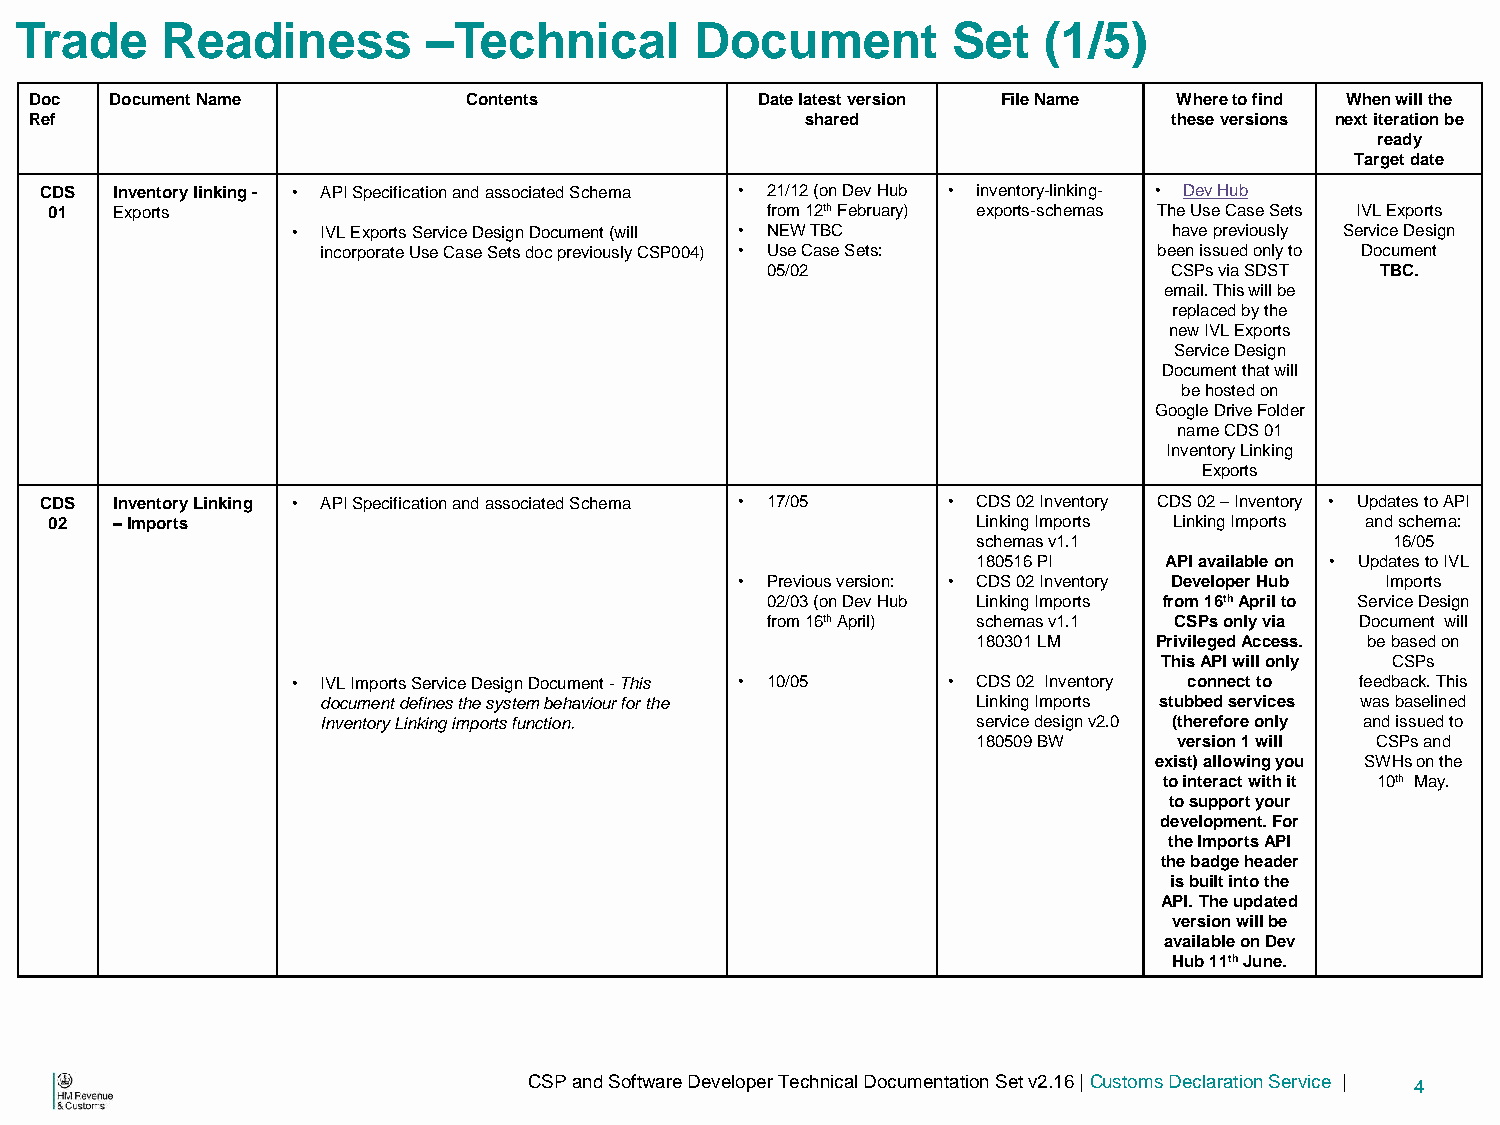
Trade     Readiness        –Technical        Document         Set   (1/5)
 Doc  Document Name           Contents           Date latest version File Name Where to find When will the
 Ref                                                shared                   these versions next iteration be
 ready
 Target date
 CDS Inventory linking - • API Specification and associated Schema • 21/12 (on Dev Hub • inventory-linking- • Dev Hub
 01  Exports                                     from 12th February) exports-schemas The Use Case Sets IVL Exports
 • IVL Exports Service Design Document (will • NEW TBC      have previously Service Design
 incorporate Use Case Sets doc previously CSP004) • Use Case Sets: been issued only to Document
 05/02                      CSPs via SDST TBC.
 email. This will be
 replaced by the
 new IVL Exports
 Service Design
 Document that will
 be hosted on
 Google Drive Folder
 name CDS 01
 Inventory Linking
 Exports
 CDS Inventory Linking • API Specification and associated Schema • 17/05 • CDS 02 Inventory CDS 02 – Inventory • Updates to API
 02  – Imports                                                 Linking Imports Linking Imports and schema:
 schemas v1.1               16/05
 180516 PI   API available on • Updates to IVL
 • Previous version: • CDS 02 Inventory Developer Hub Imports
 02/03 (on Dev Hub Linking Imports from 16th April to Service Design
 from 16th April) schemas v1.1 CSPs only via Document will
 180301 LM   Privileged Access. be based on
 This API will only CSPs
 • IVL Imports Service Design Document - This • 10/05 • CDS 02 Inventory connect to feedback. This
 document defines the system behaviour for the Linking Imports stubbed services was baselined
 Inventory Linking imports function.         service design v2.0 (therefore only and issued to
 180509 BW    version 1 will CSPs and
 exist) allowing you SWHs on the
 to interact with it 10th May.
 to support your
 development. For
 the Imports API
 the badge header
 is built into the
 API. The updated
 version will be
 available on Dev
 Hub 11th June.
 I@                              CSP and Software Developer Technical Documentation Set v2.16 | Customs Declaration Service | 4
 HM Revenue
 &Customs